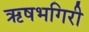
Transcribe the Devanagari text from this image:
ऋषभगिरी